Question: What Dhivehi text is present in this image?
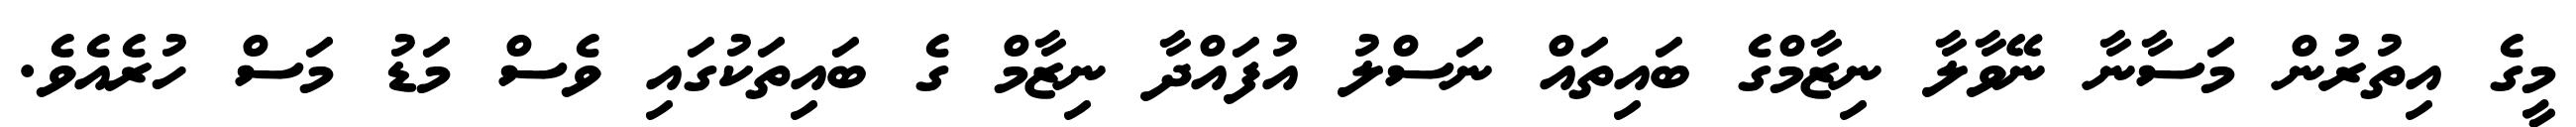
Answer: މީގެ އިތުރުން މަސާނާ ނޭވާލާ ނިޒާމްގެ ބައިތައް ނަސްލު އުފައްދާ ނިޒާމް ގެ ބައިތަކުގައި ވެސް މަޑު މަސް ހުރެއެވެ.